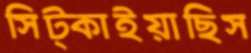
সিট্‌কাইয়াছিস